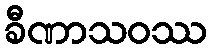
ခီဏာသဝဿ